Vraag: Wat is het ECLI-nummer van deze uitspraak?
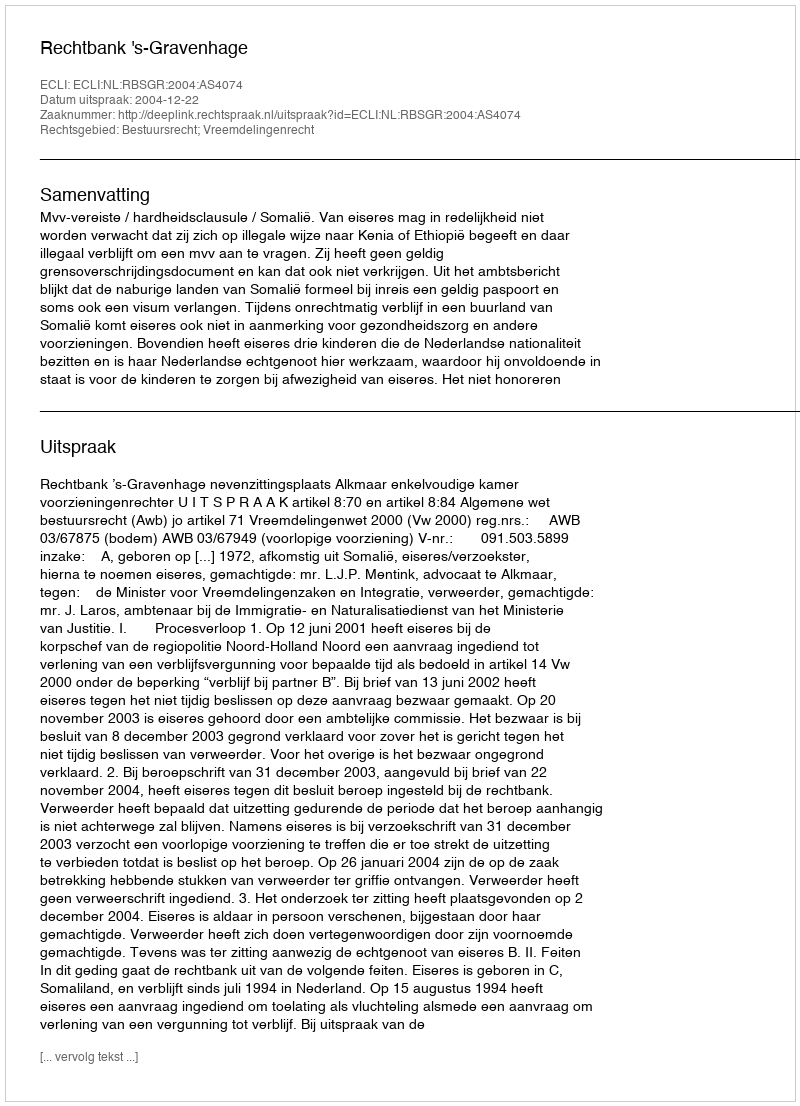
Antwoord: ECLI:NL:RBSGR:2004:AS4074